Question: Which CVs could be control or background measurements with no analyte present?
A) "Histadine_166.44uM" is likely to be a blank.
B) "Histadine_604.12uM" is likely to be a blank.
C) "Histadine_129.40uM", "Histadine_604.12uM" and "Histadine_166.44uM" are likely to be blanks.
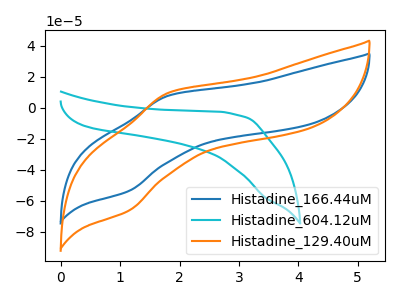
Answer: <think>The blue curve "Histadine_166.44uM" has an anodic peak at (1.80V, 7.85uA) and a cathodic peak at (1.15V, -53.70uA). The cyan curve "Histadine_604.12uM" has no peaks. The orange curve "Histadine_129.40uM" has an anodic peak at (1.80V, 9.70uA) and a cathodic peak at (1.15V, -66.35uA).</think>
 <answer>B) "Histadine_604.12uM" is likely to be a blank.</answer>
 <eval>B</eval>